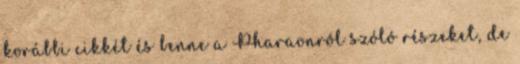
korábbi cikkét és benne a Pharaonról szóló részeket, de